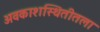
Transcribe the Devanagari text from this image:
अवकाशस्थितीतला